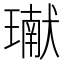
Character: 𤩽